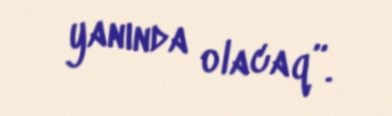
yanında olacaq”.